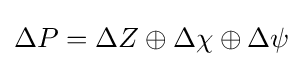
\Delta P=\Delta Z\oplus \Delta \chi \oplus \Delta \psi